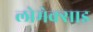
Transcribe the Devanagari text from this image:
लोमेक्साइ